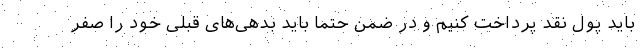
باید پول نقد پرداخت کنیم و در ضمن حتما باید بدهی‌های قبلی خود را صفر